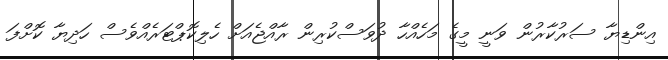
އިންޑިޔާ ސަރުކާރުން ވަނީ މީގެ މަހެއްހާ ދުވަސްކުރިން ރާއްޖެއަށް ހެލިކޮޕްޓަރެއްވެސް ހަދިޔާ ކޮށްފަ